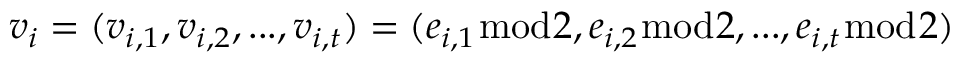
v _ { i } = ( v _ { i , 1 } , v _ { i , 2 } , . . . , v _ { i , t } ) = ( e _ { i , 1 } { \bmod { 2 } } , e _ { i , 2 } { \bmod { 2 } } , . . . , e _ { i , t } { \bmod { 2 } } )